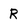
Character: R